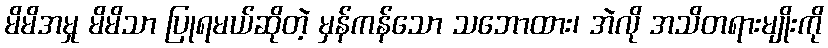
မိမိအမှု မိမိသာ ပြုရမယ်ဆိုတဲ့ မှန်ကန်သော သဘောထား၊ အဲလို အသိတရားမျိုးကို